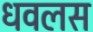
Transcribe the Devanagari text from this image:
धवलस